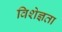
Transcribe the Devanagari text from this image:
विशेज्ञता